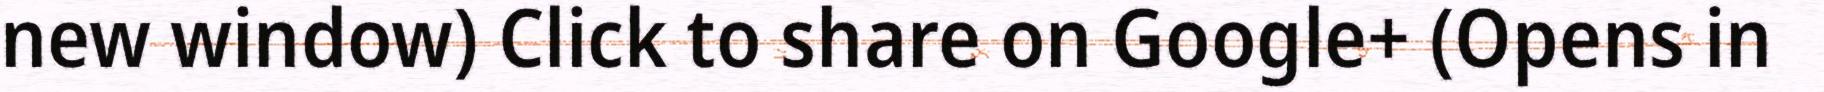
new window) Click to share on Google+ (Opens in